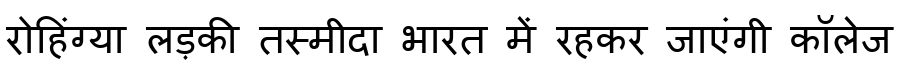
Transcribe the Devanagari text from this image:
रोहिंग्या लड़की तस्मीदा भारत में रहकर जाएंगी कॉलेज